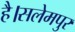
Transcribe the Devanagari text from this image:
है।सलेमपुर